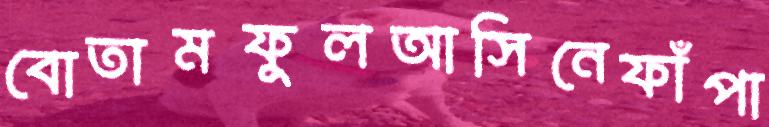
বোতামফুলআসিনেফাঁপা